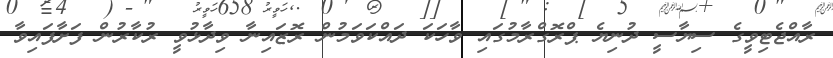
ރާއްޖެޓިވީގެ ސިޔާސީ ދުނިޔެ ޕްރޮގްރާމުގައި ވާހަކަ ދައްކަވަމުން ރޮޒައިނާ ވިދާޅުވީ ރުކާރުން ފަށާފައިވާ